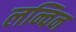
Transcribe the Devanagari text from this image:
लन्विन